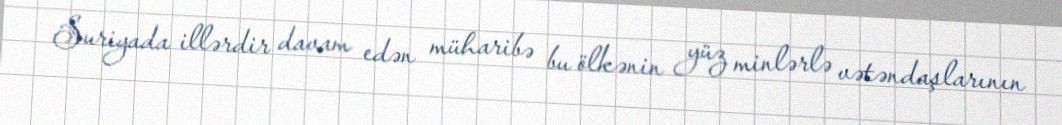
Suriyada illərdir davam edən müharibə bu ölkənin yüz minlərlə vətəndaşlarının